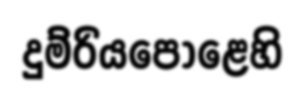
දුම්රියපොළෙහි